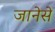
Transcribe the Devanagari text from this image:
जानेसे